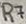
Text: R7